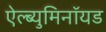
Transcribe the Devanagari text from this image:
ऐल्ब्युमिनॉयड